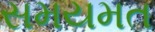
સમયમત